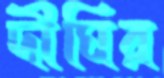
দীঘির